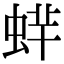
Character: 䖹